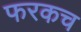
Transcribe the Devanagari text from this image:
फरकच